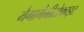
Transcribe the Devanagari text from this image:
मैगागैमीटोफाइट